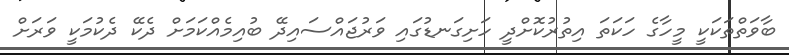
ބާވަތްތަކަކީ މީހާގެ ހަކަތަ އިތުރުކޮށްދީ ހަށިގަނޑުގައި ވަރުޖައްސައިދޭ ބުއިމެއްކަމަށް ދެކޭ ދެކުމަކީ ވަރަށް